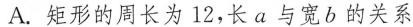
A.矩形的周长为12，长a与宽b的关系